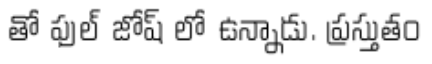
తో ఫుల్ జోష్ లో ఉన్నాడు. ప్రస్తుతం